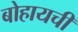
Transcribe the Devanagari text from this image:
बोहायची